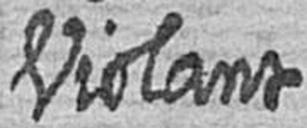
Violant